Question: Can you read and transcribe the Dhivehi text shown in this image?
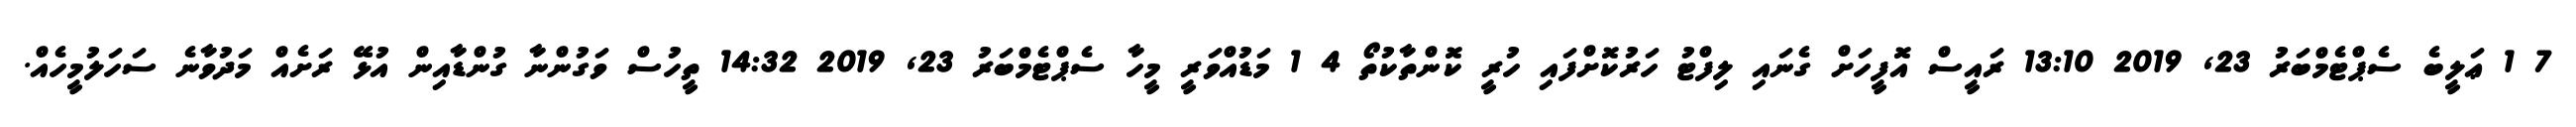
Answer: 7 1 ޢަލީބެ ސެޕްޓެމްބަރު 23, 2019 13:10 ރައީސް އޮފީހަށް ގެނައި ލިފްޓު ހަރުކޮށްފައި ހުރީ ކޮންތާކުތޯ 4 1 މަޑުއްވަރީ މީހާ ސެޕްޓެމްބަރު 23, 2019 14:32 ތީހުސް ވަގުންނާ ގުންޑާއިން އުޅޭ ރަށެއް މަދުވާނެ ސަހަލުމީހެއް.